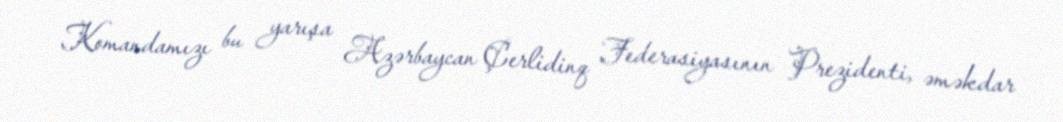
Komandamızı bu yarışa Azərbaycan Çerlidinq Federasiyasının Prezidenti, əməkdar